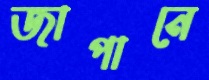
জাপানে